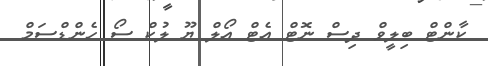
ކާންޓް ބިލީވް ދިސް ނޮޓް އެޓް އޯލް ޔޫ ލުކް ސޯ ހެންޑްސަމް